Civil Veterinary Dept. North-West Frontier Province 1901-22 - 1901-1922
Year: 1901
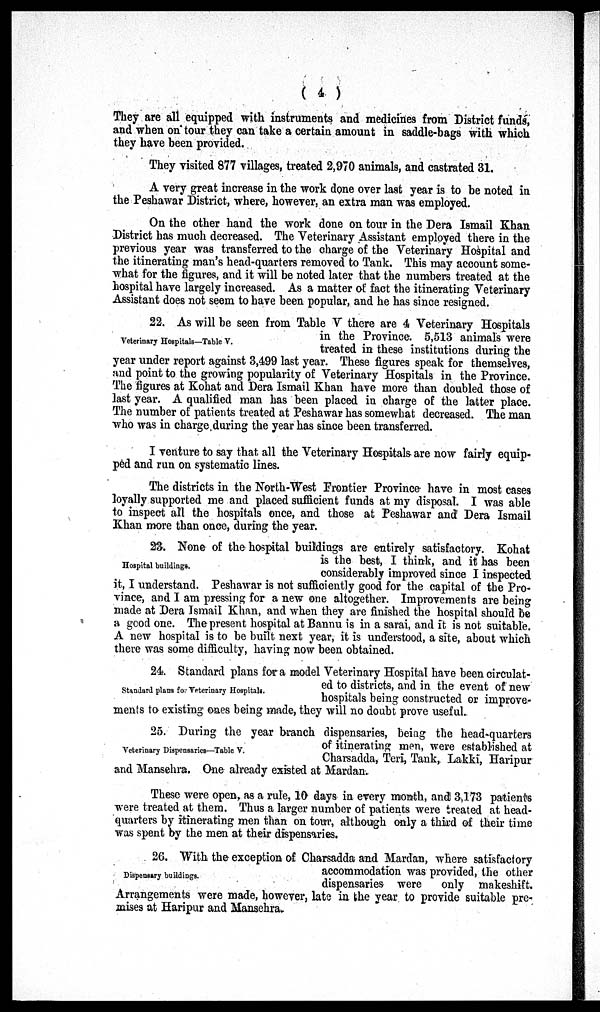
( 4 )
They are all equipped with instruments and medicines from District funds,
and when on tour they can take a certain amount in saddle-bags with which
they have been provided.
They visited 877 villages, treated 2,970 animals, and castrated 31.
A very great increase in the work done over last year is to be noted in
the Peshawar District, where, however, an extra man was employed.
On the other hand the work done on tour in the Dera Ismail Khan
District has much decreased. The Veterinary Assistant employed there in the
previous year was transferred to the charge of the Veterinary Hospital and
the itinerating man's head-quarters removed to Tank. This may account some-
what for the figures, and it will be noted later that the numbers treated at the
hospital have largely increased. As a matter of fact the itinerating Veterinary
Assistant does not seem to have been popular, and he has since resigned.
Veterinary Hospitals—Table V.
22. As will be seen from Table V there are 4 Veterinary Hospitals
in the Province. 5,513 animals were
treated in these institutions during the
year under report against 3,499 last year. These figures speak for themselves,
and point to the growing popularity of Veterinary Hospitals in the Province.
The figures at Kohat and Dera Ismail Khan have more than doubled those of
last year. A qualified man has been placed in charge of the latter place.
The number of patients treated at Peshawar has somewhat decreased. The man
who was in charge during the year has since been transferred.
I venture to say that all the Veterinary Hospitals are now fairly equip-
ped and run on systematic lines.
The districts in the North-West Frontier Province have in most cases
loyally supported me and placed sufficient funds at my disposal. I was able
to inspect all the hospitals once, and those at Peshawar and Dera Ismail
Khan more than once, during the year.
Hospital buildings.
23. None of the hospital buildings are entirely satisfactory. Kohat
is the best, I think, and it has been
considerably improved since I inspected
it, I understand. Peshawar is not sufficiently good for the capital of the Pro-
vince, and I am pressing for a new one altogether. Improvements are being
made at Dera Ismail Khan, and when they are finished the hospital should be
a good one. The present hospital at Bannu is in a sarai, and it is not suitable.
A new hospital is to be built next year, it is understood, a site, about which
there was some difficulty, having now been obtained.
Standard plans for Veterinary Hospitals.
24. Standard plans for a model Veterinary Hospital have been circulat-
ed to districts, and in the event of new
hospitals being constructed or improve-
ments to existing ones being made, they will no doubt prove useful.
Veterinary Dispensaries—Table V.
25. During the year branch dispensaries, being the head-quarters
of itinerating men, were established at
Charsadda, Teri, Tank, Lakki, Haripur
and Mansehra. One already existed at Mardan.
These were open, as a rule, 10 days in every month, and 3,173 patients
were treated at them. Thus a larger number of patients were treated at head-
quarters by itinerating men than on tour, although only a third of their time
was spent by the men at their dispensaries.
Dispensary buildings.
26. With the exception of Charsadda and Mardan, where satisfactory
accommodation was provided, the other
dispensaries were only makeshift.
Arrangements were made, however, late in the year to provide suitable pre-
mises at Haripur and Manschra.